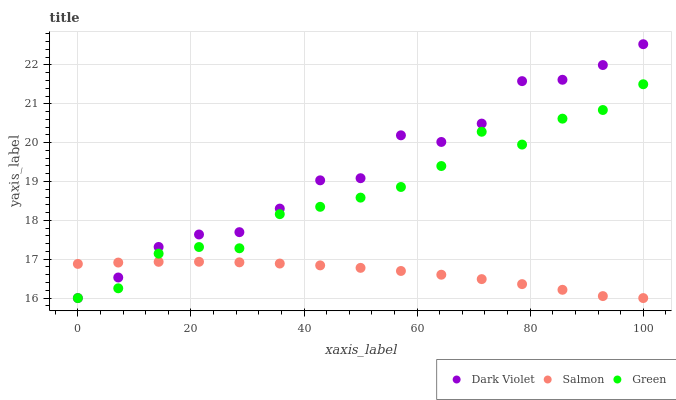
| xaxis_label | Dark Violet | Salmon | Green |
 | --- | --- | --- | --- |
 | 0 | 16 | 16.9 | 16 |
 | 7.14 | 16.5 | 16.9 | 16.3 |
 | 14.3 | 17.3 | 16.9 | 17.1 |
 | 21.4 | 17.6 | 16.9 | 17.3 |
 | 28.6 | 17.7 | 16.9 | 17.3 |
 | 35.7 | 18.3 | 16.9 | 18.2 |
 | 42.9 | 19 | 16.8 | 18.3 |
 | 50 | 19.1 | 16.8 | 18.6 |
 | 57.1 | 20.2 | 16.7 | 18.9 |
 | 64.3 | 20 | 16.6 | 19.4 |
 | 71.4 | 20.5 | 16.5 | 20.3 |
 | 78.6 | 21.6 | 16.4 | 20 |
 | 85.7 | 21.6 | 16.2 | 20.6 |
 | 92.9 | 22 | 16.1 | 20.8 |
 | 100 | 22.5 | 16 | 21.5 |